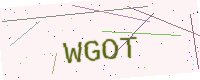
Text: WGOT